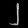
Digit: ၂